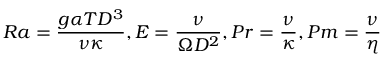
R a = { \frac { g \alpha T D ^ { 3 } } { \nu \kappa } } , E = { \frac { \nu } { \Omega D ^ { 2 } } } , P r = { \frac { \nu } { \kappa } } , P m = { \frac { \nu } { \eta } }